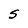
Character: S